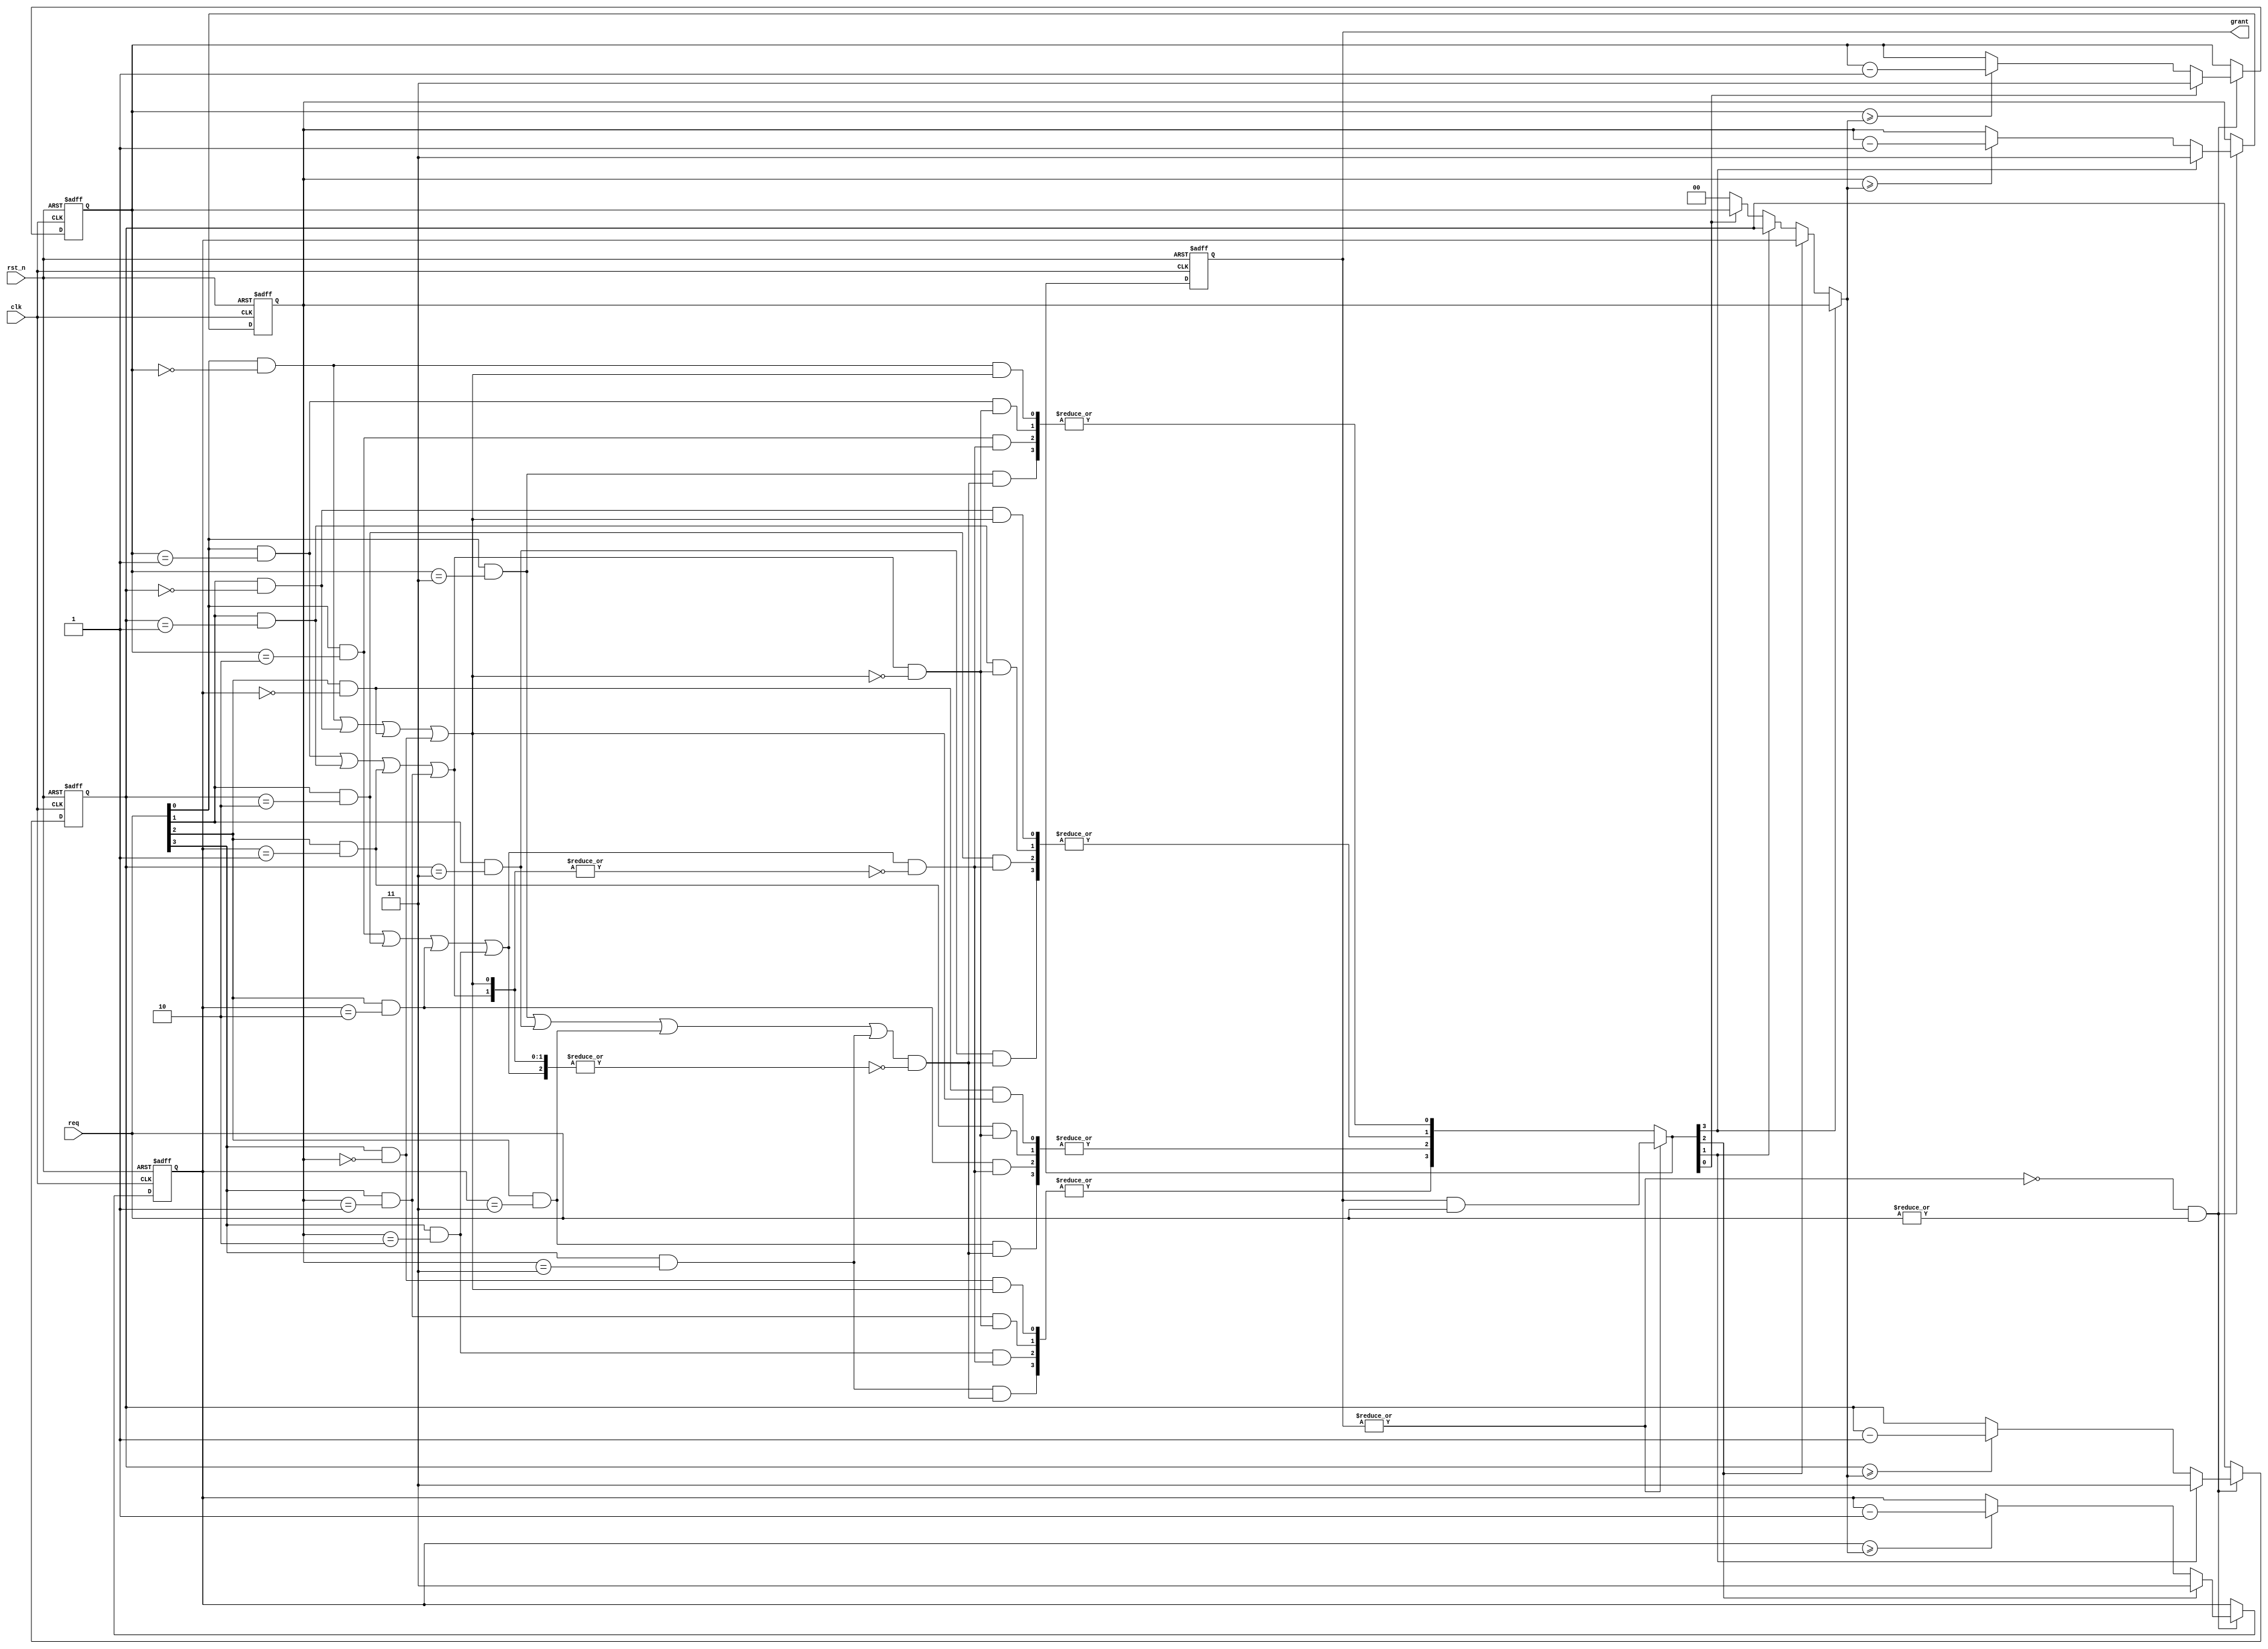
//-------------------------------------------
//Website : https://nguyenquanicd.blogspot.com/
//Function: Priority Round Robin (RR) Arbiter
//  - Use a counter to share access right
//  - Can allocate the grant to a request source
//    outside its time slice/slot
//-------------------------------------------
module ArbBalanceRR (
  clk,
  rst_n,
  req,
  grant
  );
  //
  parameter REQ_NUM    = 4;
  parameter COUNTER_W  = clog2(REQ_NUM);
  //
  input  clk;
  input  rst_n;
  input  [REQ_NUM-1:0] req;
  output reg [REQ_NUM-1:0] grant;
  //Internal signals
  reg [REQ_NUM*COUNTER_W-1:0] pReg;
  wire [REQ_NUM*COUNTER_W-1:0] cPriorityLevel;
  wire [REQ_NUM*REQ_NUM-1:0] levelReq;
  wire [REQ_NUM-1:0] orAssertedReq;
  wire [REQ_NUM-1:0] reqEn;
  wire [REQ_NUM*REQ_NUM-1:0] newGrant;
  wire [REQ_NUM-1:0] finalNewGrant;
  wire [REQ_NUM-1:0] nextGrant;
  wire noGrant;
  wire updateP;
  //Update the priority level
  //Update the priority registers when noGrant=1 and
  //at least, one request is asserted.
  assign updateP = noGrant & (|req[REQ_NUM-1:0]);
  //-----------------------------------------------------------
  //(1) PRIORITY LEVEL REGISTER
  // One request source has one priority level register
  //    with COUNTER_W bits
  // Change to REQ_NUM-1 (lowest priority) if it is the current grant
  // Minus 1 if it is not the current grant
  //-----------------------------------------------------------
  generate
    genvar i0;
    assign cPriorityLevel[COUNTER_W-1:0] = 
           nextGrant[0]? 
           pReg[COUNTER_W-1:0]: 
           {COUNTER_W{1'b0}};
    for (i0 = 1; i0 < REQ_NUM; i0 = i0+1) begin: cPValue
      assign cPriorityLevel[COUNTER_W*(i0+1)-1:i0*COUNTER_W]
             = nextGrant[i0]?
             pReg[COUNTER_W*(i0+1)-1:i0*COUNTER_W]
             : cPriorityLevel[COUNTER_W*i0-1:(i0-1)*COUNTER_W];
    end
  endgenerate
  //
  generate
    genvar i;
	  for (i = 0; i < REQ_NUM; i = i+1) begin: pRegGen
	    always @ (posedge clk, negedge rst_n) begin
	      if (~rst_n)
		    pReg[COUNTER_W*(i+1)-1:i*COUNTER_W] <= i;
		  //Set to lowest priority level after granting
		  else if (updateP) begin
		    if (nextGrant[i])
		      pReg[COUNTER_W*(i+1)-1:i*COUNTER_W] <= REQ_NUM - 1;
		    else if (pReg[COUNTER_W*(i+1)-1:i*COUNTER_W]
        >= cPriorityLevel[COUNTER_W*REQ_NUM-1:(REQ_NUM-1)*COUNTER_W])
		    //Increase the higher priority level by minusing 1
		    //if the current priority level is different from 0 
		      pReg[COUNTER_W*(i+1)-1:i*COUNTER_W] <= 
          pReg[COUNTER_W*(i+1)-1:i*COUNTER_W] - 1;
	      end
	    end
	  end
  endgenerate
  //-----------------------------------------------------------
  //(2) PRIORITY SELECTION
  // Map a request with the current priority.
  // One input request is mapped to a REQ_NUM-bit group of levelReq
  //-----------------------------------------------------------
  generate
    genvar j0;
	  genvar j1;
	  for (j0=0; j0 < REQ_NUM; j0=j0+1) begin: reqSel
	    for (j1=0; j1 < REQ_NUM; j1=j1+1) begin: selOut
	      //levelReq[*] is asserted if req[j0]
        //asserted and the priority level is mapped
	      assign levelReq[j0*REQ_NUM+j1] =
        req[j0] & 
        (pReg[COUNTER_W*(j0+1)-1:j0*COUNTER_W] == j1); 
	    end
	  end
  endgenerate
  //-----------------------------------------------------------
  //(3) ASSERTED REQUEST CHECK
  // Check "what priority level has the asserted request?"
  //-----------------------------------------------------------
  generate
    genvar k0;
	  for (k0=0; k0 < REQ_NUM; k0=k0+1) begin: AChk
	    assign orAssertedReq[k0] = 
      orOut(levelReq[REQ_NUM*REQ_NUM-1:0],k0);
	  end
  endgenerate
  //-----------------------------------------------------------
  //(4) REQUEST ENABLE
  // Create the enable signal to determine the request which
  // is the highest priority. Only one priority level is enabled
  // and it is the highest priority.
  //-----------------------------------------------------------
  generate
    genvar k1;
	  assign reqEn[0] = orAssertedReq[0];
	  for (k1=1; k1 < REQ_NUM; k1=k1+1) begin: ReqEnable
	    assign reqEn[k1] = orAssertedReq[k1] &
      ~|orAssertedReq[k1-1:0];
	  end
  endgenerate
  //-----------------------------------------------------------
  //(5) REQUEST MASK
  // Mask a request by enable signal.
  // Only one request is asserted.
  //-----------------------------------------------------------
  generate
    genvar k2a;
	  genvar k2b;
	  for (k2a=0; k2a<REQ_NUM; k2a=k2a+1) begin: ReqMask
	    for (k2b=0; k2b<REQ_NUM; k2b=k2b+1) begin: BitMask
	      assign newGrant[k2b+k2a*REQ_NUM] = levelReq[k2b+k2a*REQ_NUM] & reqEn[k2b];
	    end
	  end
  endgenerate
  //-----------------------------------------------------------
  //(6) NEXT GRANT
  // Logic for the new arbitration to create a new grant.
  //-----------------------------------------------------------
  generate
    genvar k3;
	  for (k3=0; k3 < REQ_NUM; k3=k3+1) begin: FNewGrant
	    assign finalNewGrant[k3] = |newGrant[REQ_NUM*(k3+1)-1:k3*REQ_NUM];
	  end
  endgenerate
  assign noGrant = ~|grant[REQ_NUM-1:0];
  assign nextGrant[REQ_NUM-1:0] = noGrant? finalNewGrant[REQ_NUM-1:0]: grant[REQ_NUM-1:0] & req[REQ_NUM-1:0];
  //-----------------------------------------------------------
  //(7) and GRANT register
  //-----------------------------------------------------------
  always @ (posedge clk, negedge rst_n) begin
    if (~rst_n)
      grant[REQ_NUM-1:0] <= {REQ_NUM{1'b0}};
    else
      grant[REQ_NUM-1:0] <= nextGrant[REQ_NUM-1:0];
  end
  //-----------------------------------------------------------
  //OR function - Can synthesize
  //-----------------------------------------------------------
  function reg orOut;
    input [REQ_NUM*REQ_NUM-1:0] orIn;
	input integer id;
	integer i;
    begin
      orOut = 1'b0;
      for (i=0; i<REQ_NUM; i=i+1) begin
        orOut = orOut | orIn[id+i*REQ_NUM];
      end
    end
  endfunction
  //-----------------------------------------------------------
  //log2 function - Not for synthesizing
  //Only use to calculate the parameter value
  //-----------------------------------------------------------
  function integer clog2; 
    input integer value; 
	  integer i;
    begin 
      clog2 = 0;
      for(i = 0; 2**i < value; i = i + 1) 
        clog2 = i + 1; 
      end
  endfunction
  //
endmodule